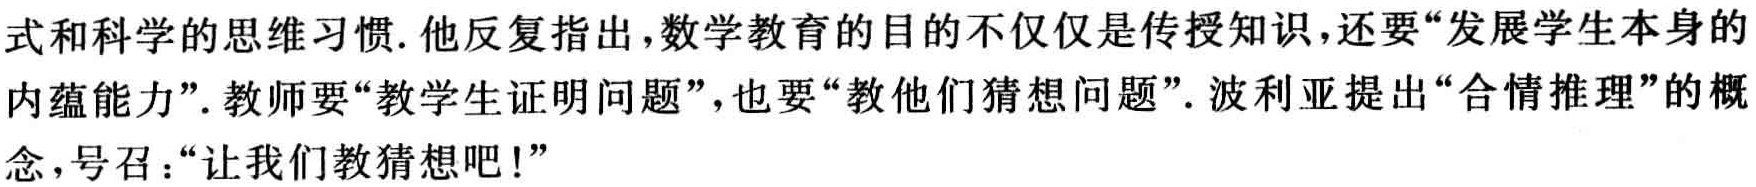
式和科学的思维习惯. 他反复指出,数学教育的目的不仅仅是传授知识,还要“发展学生本身的
内蕴能力”. 教师要“教学生证明问题”,也要“教他们猜想问题”. 波利亚提出“合情推理”的概
念,号召：“让我们教猜想吧！”